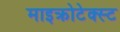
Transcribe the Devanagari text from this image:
माइक्रोटेक्स्ट